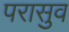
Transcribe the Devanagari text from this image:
परासुव